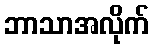
ဘာသာအလိုက်